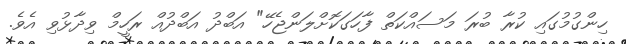
ހިންގުމުގައި ކުރާ ބުރަ މަސައްކަތް ފާހަގަކޮށްލަންޖެހޭ" އަބްދު އަބްދުއް ރަހީމް ވިދާޅުވި އެވެ.